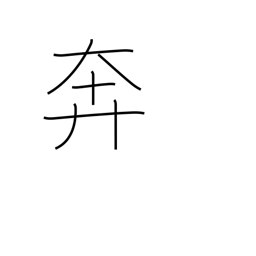
Meaning: bustle